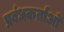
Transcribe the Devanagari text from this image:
प्रबंधकर्ताओं